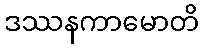
ဒဿနကာမောတိ